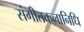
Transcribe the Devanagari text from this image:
संगीतकलानिधि